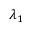
\lambda _ { 1 }